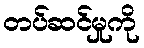
တပ်ဆင်မှုကို